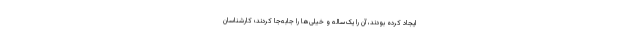
ایجاد کرده بودند، آن را یک‌ساله و خیلی‌ها را جابه‌جا کردند؛ کارشناسان